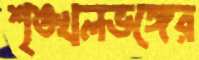
শৃঙ্খলভঙ্গের